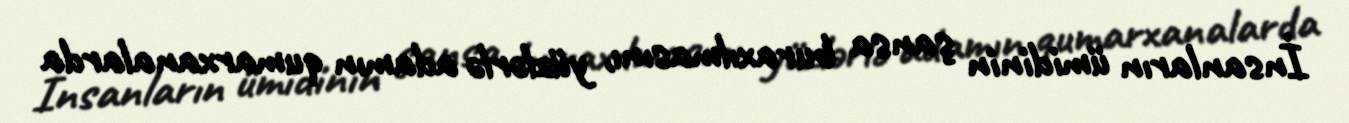
İnsanların ümidinin şansa buraxılmasını, yüzlərlə adamın qumarxanalarda